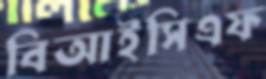
বিআইসিএফ